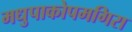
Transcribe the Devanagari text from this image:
मधुपाकोपमगिरा